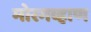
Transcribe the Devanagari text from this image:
मोरगव्हाण